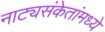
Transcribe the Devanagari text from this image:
नाट्यसंकेतांमध्ये